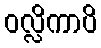
ဝလ္လိကာပိ